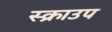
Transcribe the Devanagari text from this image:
स्क्राउप